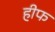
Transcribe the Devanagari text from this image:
हीफ